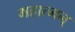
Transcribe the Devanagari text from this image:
महात्मन्‌